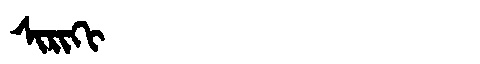
Manchu: ᠰᡳᡵᡳᡴᡳ
Romanization: SIRIKI